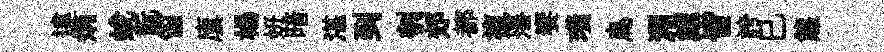
違炳蛻翫笛廪楊妍暗湛到刳郊都複藩饗璜鳥淵鯉皆誇巳熊